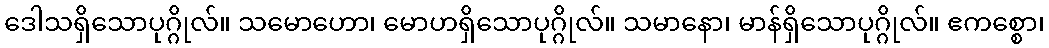
ဒေါသရှိသောပုဂ္ဂိုလ်။ သမောဟော၊ မောဟရှိသောပုဂ္ဂိုလ်။ သမာနော၊ မာန်ရှိသောပုဂ္ဂိုလ်။ ဧကစ္စော၊